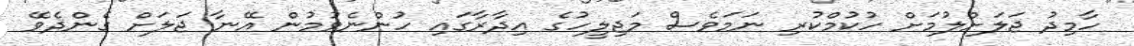
ހާމިދު ޖަލަށްލުމަށް ހުކުމްކުރި ނަމަވެސް މަޖިލީހުގެ އިދާރާގައި ހުންނެވުމުން އޭނާ ޖަލަށް ގެންދެވޭ